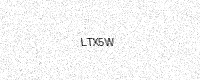
Text: LTX5W